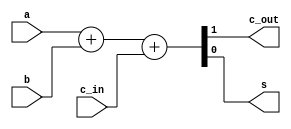
`timescale 1ns / 1ps
//////////////////////////////////////////////////////////////////////////////////
// Company: 
// 
// Design Name: Full Adder Behavioral
// Module Name: Full_Adder_Behavioral
// Project Name: 
// Target Devices: 
// Tool Versions: Vivado 2021.2
// Description: 
// 
// Dependencies: 
// 
// Revision:
// Revision 0.01 - File Created
// Additional Comments:
// 
//////////////////////////////////////////////////////////////////////////////////


module Full_Adder_Behavioral(
    c_out,      // carry out
    s,          // sum
    a,          // a
    b,          // b
    c_in        // carry in
    );
    
    output reg c_out;
    output reg s;
    input a;
    input b;
    input c_in;
    
    always@(*)
    begin
        {c_out, s} = a + b + c_in;
//        case({a, b, c_in})
//            3'b000:
//                begin
//                    c_out = 1'b0;
//                    s = 1'b0;
//                end
                
//            3'b010: 
//                begin
//                    c_out = 1'b0;
//                    s = 1'b1;
//                end
                
//            3'b100: 
//                begin
//                    c_out = 1'b0;
//                    s = 1'b1;
//                end
                
//            3'b110: 
//                begin
//                    c_out = 1'b1;
//                    s = 1'b0;
//                end
                
//            3'b001: 
//                begin
//                    c_out = 1'b0;
//                    s = 1'b1;
//                end
                
//            3'b011: 
//                begin
//                    c_out = 1'b1;
//                    s = 1'b0;
//                end
                
//            3'b101: 
//                begin
//                    c_out = 1'b1;
//                    s = 1'b0;
//                end
                
//            3'b111: 
//                begin
//                    c_out = 1'b1;
//                    s = 1'b1;
//                end    
//        endcase
    end
endmodule